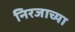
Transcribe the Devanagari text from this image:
निरजाच्या